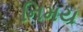
નિમય